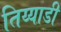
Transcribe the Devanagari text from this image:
तिय्याडी